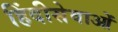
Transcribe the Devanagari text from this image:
हिंदीसेवाओं